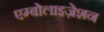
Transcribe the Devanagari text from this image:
एम्बोलाइज़ेशन